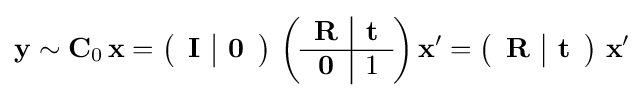
\mathbf {y} \sim \mathbf {C} _{0}\,\mathbf {x} =\left({\begin{array}{c|c}\mathbf {I} &\mathbf {0} \end{array}}\right)\,\left({\begin{array}{c|c}\mathbf {R} &\mathbf {t} \\\hline \mathbf {0} &1\end{array}}\right)\mathbf {x} '=\left({\begin{array}{c|c}\mathbf {R} &\mathbf {t} \end{array}}\right)\,\mathbf {x} '